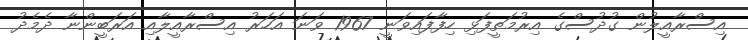
އިސްރާއީލުން ގުދުސްގެ އިރުމަތީފަޅި ހިފާފައިވަނީ 1967 ވަނަ އަހަރު އިސްރާއީލާއި އަރަބީންނާ ދެމެދު